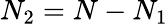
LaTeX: N_{2}=N-N_{1}